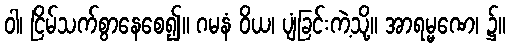
ဝါ၊ ငြိမ်သက်စွာနေစေ၍။ ဂမနံ ဝိယ၊ ပျံခြင်းကဲ့သို့။ အာရမ္မဏေ၊ ၌။